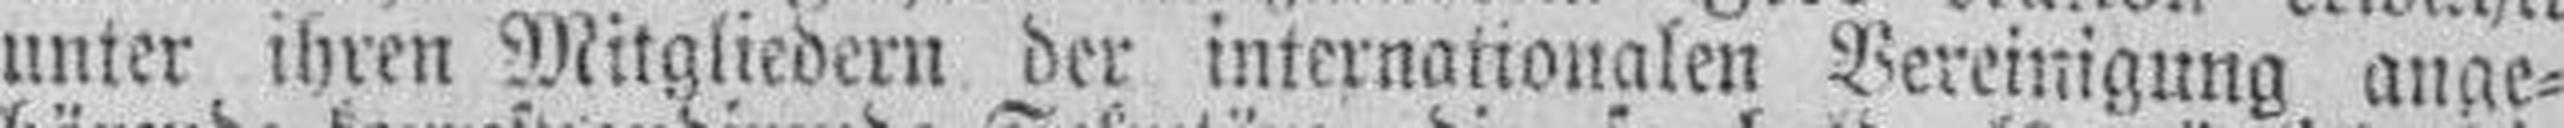
unter ihren Mitgliedern der internationalen Vereinigung ange¬